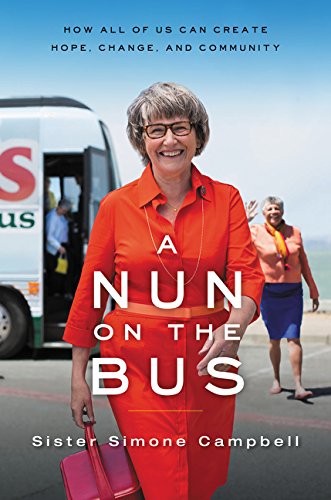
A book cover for A Nun on the Bus: How All of Us Can Create Hope, Change, and Community; Sister Simone Campbell; Christian Books & Bibles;